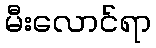
မီးလောင်ရာ